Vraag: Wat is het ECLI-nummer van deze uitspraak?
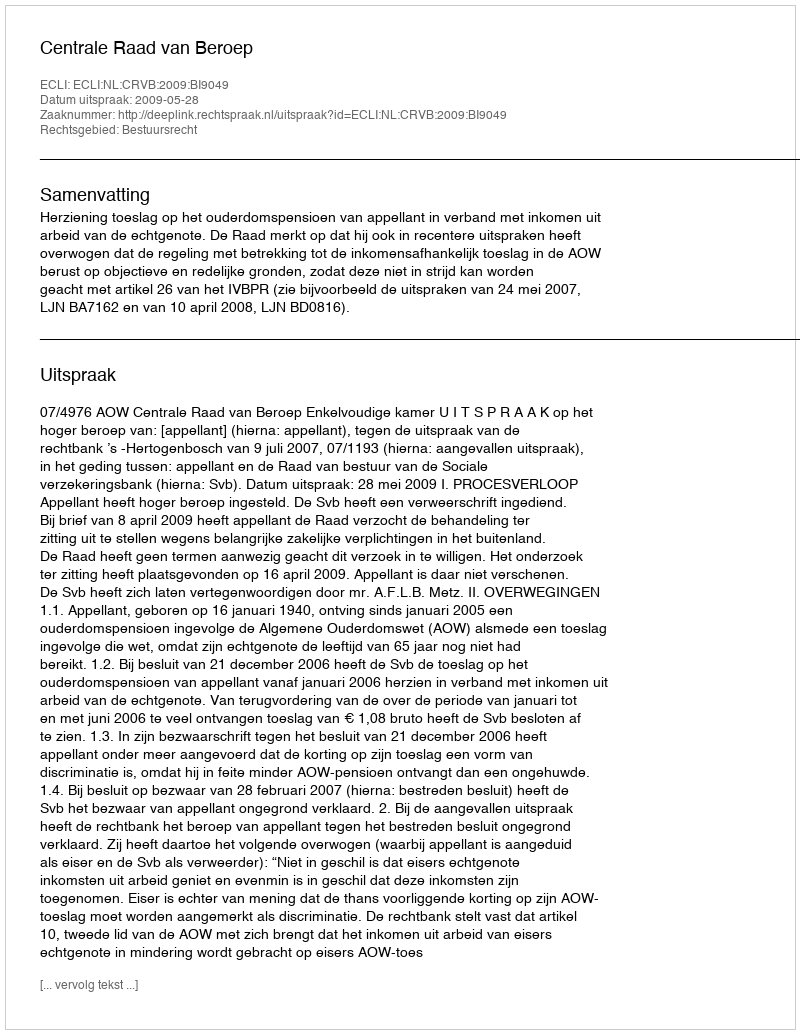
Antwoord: ECLI:NL:CRVB:2009:BI9049